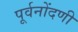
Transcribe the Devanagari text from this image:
पूर्वनोंदणी